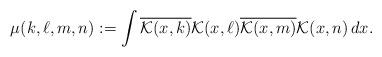
LaTeX: \begin{align*}\mu(k,\ell,m,n):=\int\overline{\mathcal{K}(x,k)}\mathcal{K}(x,\ell)\overline{\mathcal{K}(x,m)}\mathcal{K}(x,n)\,dx.\end{align*}